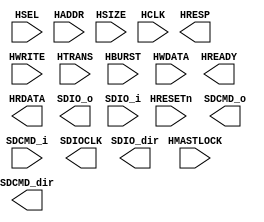
module AHB_SDIO
(
    input HSEL,
    // Address and control
    input [35:0] HADDR,
    input HWRITE,
    input [1:0] HTRANS,
    input [2:0] HSIZE,
    input [2:0] HBURST,
    // Data in
    input [63:0] HWDATA,
    // Reset and clock
    input HRESETn,
    input HCLK,
    input HMASTLOCK,
    // --------------
    // Output pins //
    // --------------
    // Transfer responses
    output reg HREADY,
    output HRESP,
    // Data out
    output reg [63:0] HRDATA,


    //SDIO port
    output [3:0]SDIO_o,
    input [3:0]SDIO_i,
    output [3:0]SDIO_dir,
    output SDCMD_o,
    input SDCMD_i,
    output SDCMD_dir,
    output SDIOCLK
);

endmodule